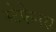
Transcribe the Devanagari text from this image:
स्टेफेनस